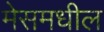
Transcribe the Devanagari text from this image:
मेसमधील